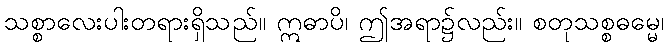
သစ္စာလေးပါးတရားရှိသည်။ ဣဓာပိ၊ ဤအရာ၌လည်း။ စတုသစ္စဓမ္မေ၊